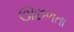
ઊછળતા